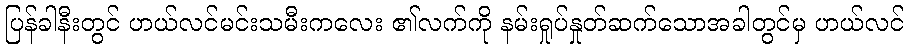
ပြန်ခါနီးတွင် ဟယ်လင်မင်းသမီးကလေး ၏လက်ကို နမ်းရှုပ်နှုတ်ဆက်သောအခါတွင်မှ ဟယ်လင်